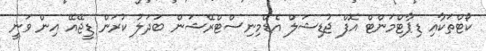
ކޯޓްތަކާއި ޑިޕާޓްމަންޓް އޮފް ޖުޑިޝަލް އެޑްމިނިސްޓްރޭޝަން ބަދަލު ކުރަން ޑީޖޭއޭ އިން ވަނީ